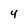
Character: 4